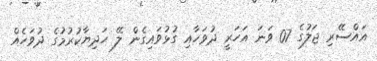
އައްސޭރި ޖަލުގެ 07 ވަނަ އަހަރީ ދުވަހާއި ގުޅުވައިގެން ލޭ ހަދިޔާކުރުމުގެ ދުވަހެއް